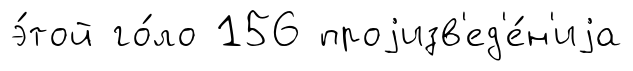
э́той го́ло 156 проjизв'ед'е́н'иjа